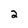
Character: 2